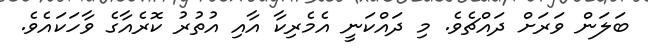
ބަލަން ވަރަށް ދައްޗެވެ. މި ދައްކަނީ އެމެރިކާ އާއި އުތުރު ކޮރެއާގެ ވާހަކައެވެ.